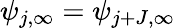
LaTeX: \psi_{j,\infty}=\psi_{j+J,\infty}